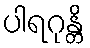
ပါရဂုန္တိ